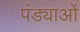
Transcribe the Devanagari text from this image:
पंड्याओं